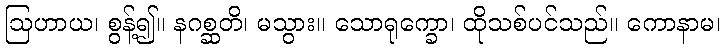
ဩဟာယ၊ စွန့်၍။ နဂစ္ဆတိ၊ မသွား။ သောရုက္ခော၊ ထိုသစ်ပင်သည်။ ကောနာမ၊